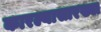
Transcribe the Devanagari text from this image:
कारल्यासारख्या